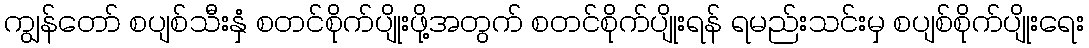
ကျွန်တော် စပျစ်သီးနှံ စတင်စိုက်ပျိုးဖို့အတွက် စတင်စိုက်ပျိုးရန် ရမည်းသင်းမှ စပျစ်စိုက်ပျိုးရေး